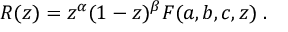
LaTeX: R ( z ) = z ^ { \alpha } ( 1 - z ) ^ { \beta } F ( a , b , c , z ) \; .